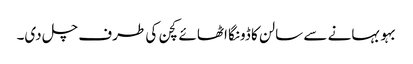
بہو بہانے سے سالن کا ڈونگا اٹھائے کچن کی طرف چل دی۔